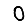
Digit: 0